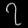
Digit: ၇